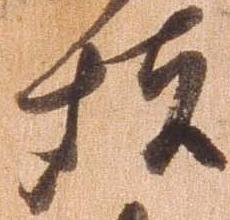
堵